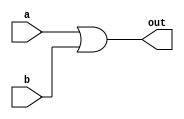
module OR_Gate (
  input wire a,
  input wire b,
  output reg out
);

  always @(*)
    begin
      out = a | b;
    end

endmodule